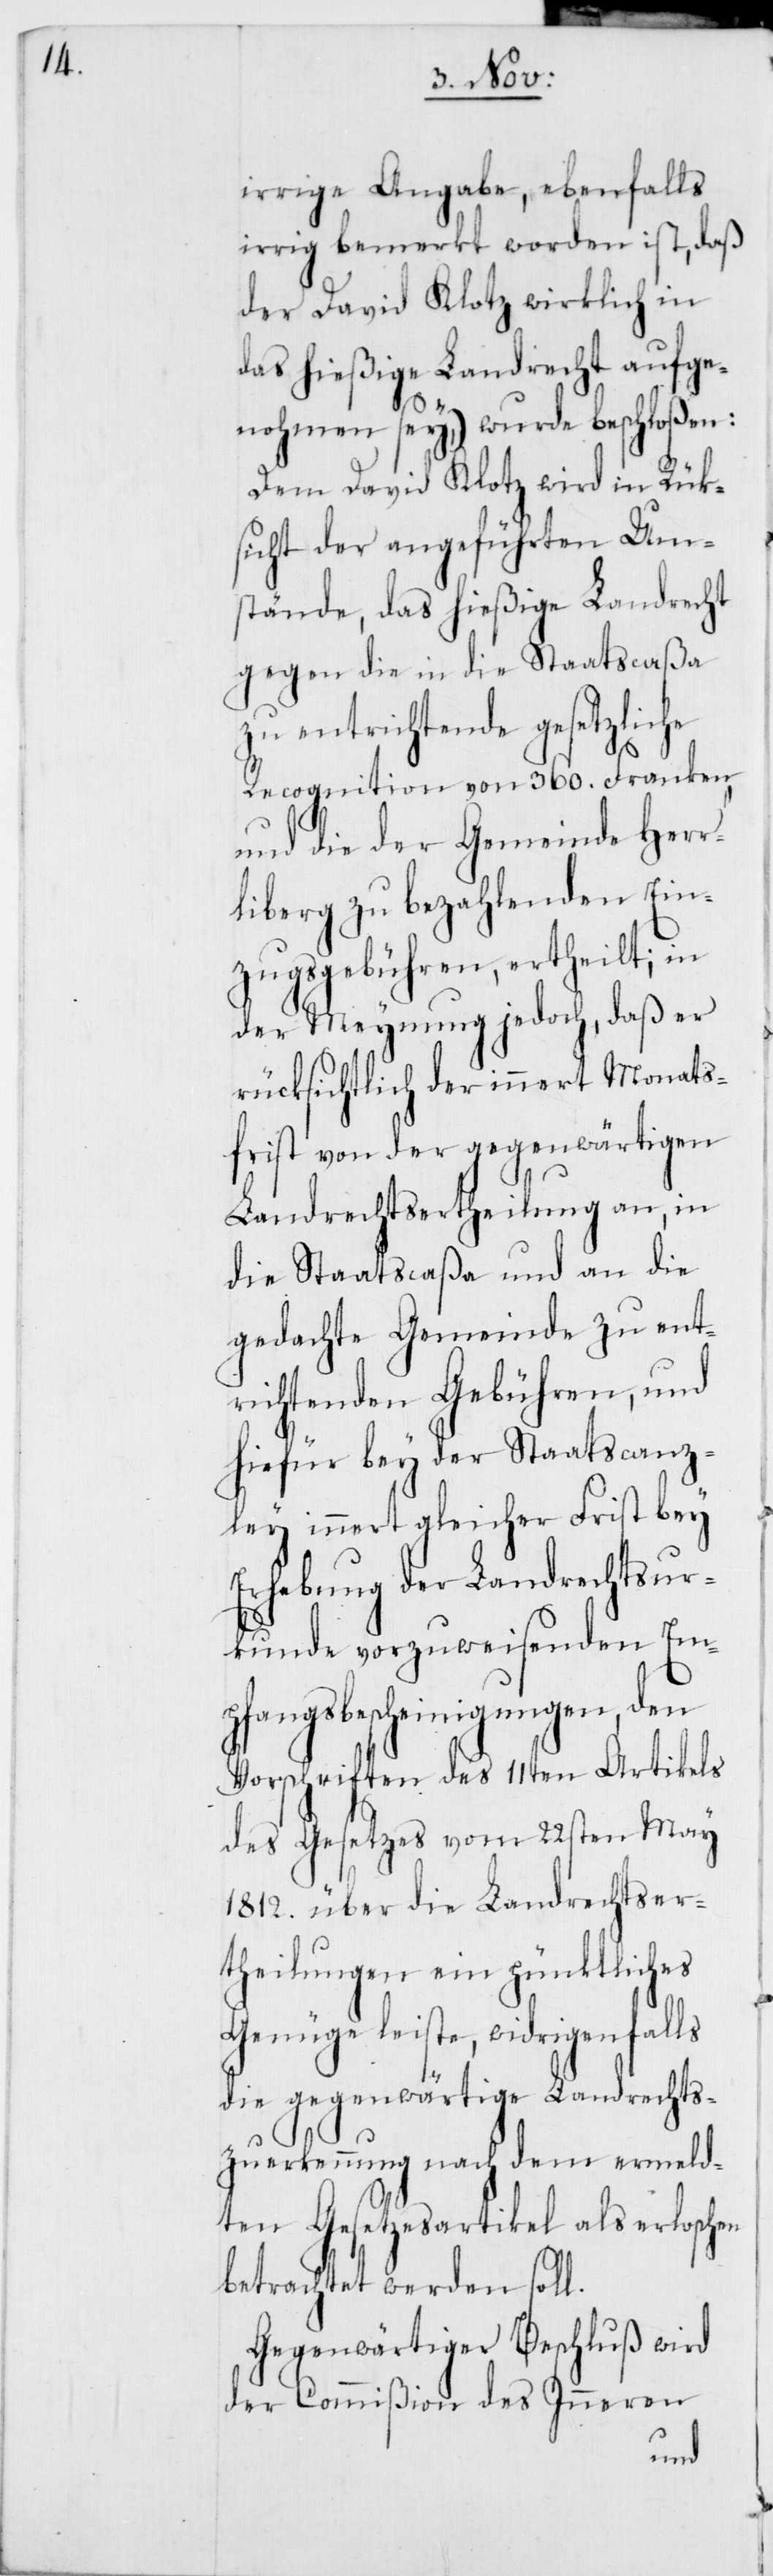
irrige Angabe, ebenfalls
irrig bemerkt worden ist, daß
der Davod Klotz wirklich in
das hießige Landrecht aufge¬
nohmen sey,) wurde beschloßen:
Dem David Klotz wird in Rück¬
sicht der angeführten Um¬
stände, das hießige Landrecht
gegen die in die Staatscaßa
entrichtende gesetzliche
Recognition von 360. Franken,
und die der Gemeinde Herr¬
liberg zu bezahlenden Ein¬
zugsgebühren, ertheilt; in
der Meynung jedoch, daß er
rücksichtlich der innert Monats¬
frist von der gegenwärtigen
Landrechtsertheilung an, in
die Staatscaßa und an die
gedachte Gemeinde zu ent¬
richtenden Gebühren, und
hiefür bey der Staatscanz¬
ley innert gleicher Frist bey
Erhebung der Landrechtsur¬
kunde vorzuweisenden Em¬
pfangsbescheinigungen, den
Vorschriften des 11ten Artikels
des Gesetzes vom 22sten May
1812. über die Landrechtser¬
theilungen ein pünktliches
Genüge leiste, widrigenfalls
die gegenwärtige Landrechts¬
zuerkennung nach dem ermeld¬
ten Gesetzesartikel als erloschen
betrachtet werden soll.
Gegenwärtiger Beschluß wird
der Commißion des Inneren